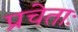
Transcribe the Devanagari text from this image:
प्रचेताः